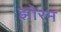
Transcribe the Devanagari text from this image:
झोरम